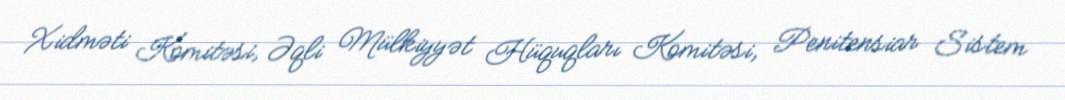
Xidməti Komitəsi, Əqli Mülkiyyət Hüquqları Komitəsi, Penitensiar Sistem